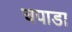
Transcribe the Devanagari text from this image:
चपाडा